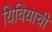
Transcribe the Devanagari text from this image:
यिवियाची